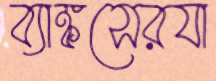
ব্যাঙ্কসেরযা